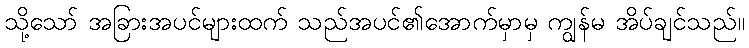
သို့သော် အခြားအပင်များထက် သည်အပင်၏အောက်မှာမှ ကျွန်မ အိပ်ချင်သည်။